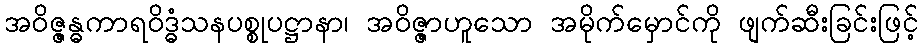
အဝိဇ္ဇန္ဓကာရဝိဒ္ဓံသနပစ္စုပဋ္ဌာနာ၊ အဝိဇ္ဇာဟူသော အမိုက်မှောင်ကို ဖျက်ဆီးခြင်းဖြင့်